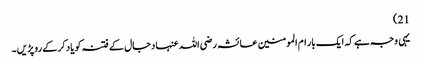
21)
یہی وجہ ہے کہ ایک بار ام المومنین عائشہ رضی اللہ عنہا دجال کے فتنہ کو یاد کرکے روپڑیں۔